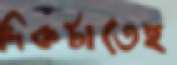
দিকটাতেই